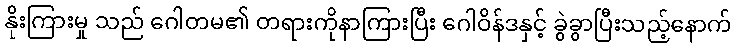
နိုးကြားမှု သည် ဂေါတမ၏ တရားကိုနာကြားပြီး ဂေါဝိန်ဒနှင့် ခွဲခွာပြီးသည့်နောက်